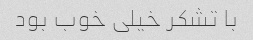
با تشکر خیلی خوب بود